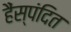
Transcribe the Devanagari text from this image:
हैंस्पंदित